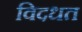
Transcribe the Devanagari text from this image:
विदधत